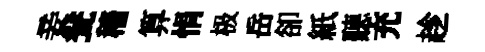
妾瓮穡算悁极岳卻紙聽充趁